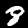
Label: 8